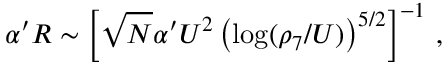
\alpha ^ { \prime } { \cal { R } } \sim \left[ \sqrt { N } \alpha ^ { \prime } U ^ { 2 } \left( \log ( \rho _ { 7 } / U ) \right) ^ { 5 / 2 } \right] ^ { - 1 } \, ,